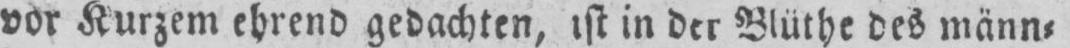
vor Kurzem ehrend gedachten, ist in der Blüthe des männ⸗